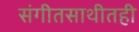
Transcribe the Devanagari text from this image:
संगीतसाथीतही